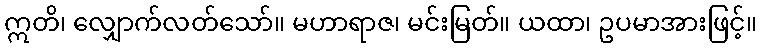
ဣတိ၊ လျှောက်လတ်သော်။ မဟာရာဇ၊ မင်းမြတ်။ ယထာ၊ ဥပမာအားဖြင့်။